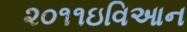
૨૦૧૧ઇવિઆન